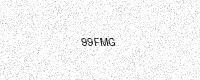
Text: 99FMG